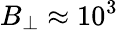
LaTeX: B_{\perp}\approx 10^{3}